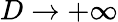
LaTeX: D\to+\infty